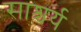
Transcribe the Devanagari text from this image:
साश्चर्य